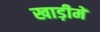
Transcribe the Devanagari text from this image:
खाड़ीमें